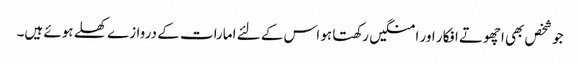
جو شخص بھی اچھوتے افکار اور امنگیں رکھتا ہو اس کے لئے امارات کے دروازے کھلے ہوئے ہیں۔